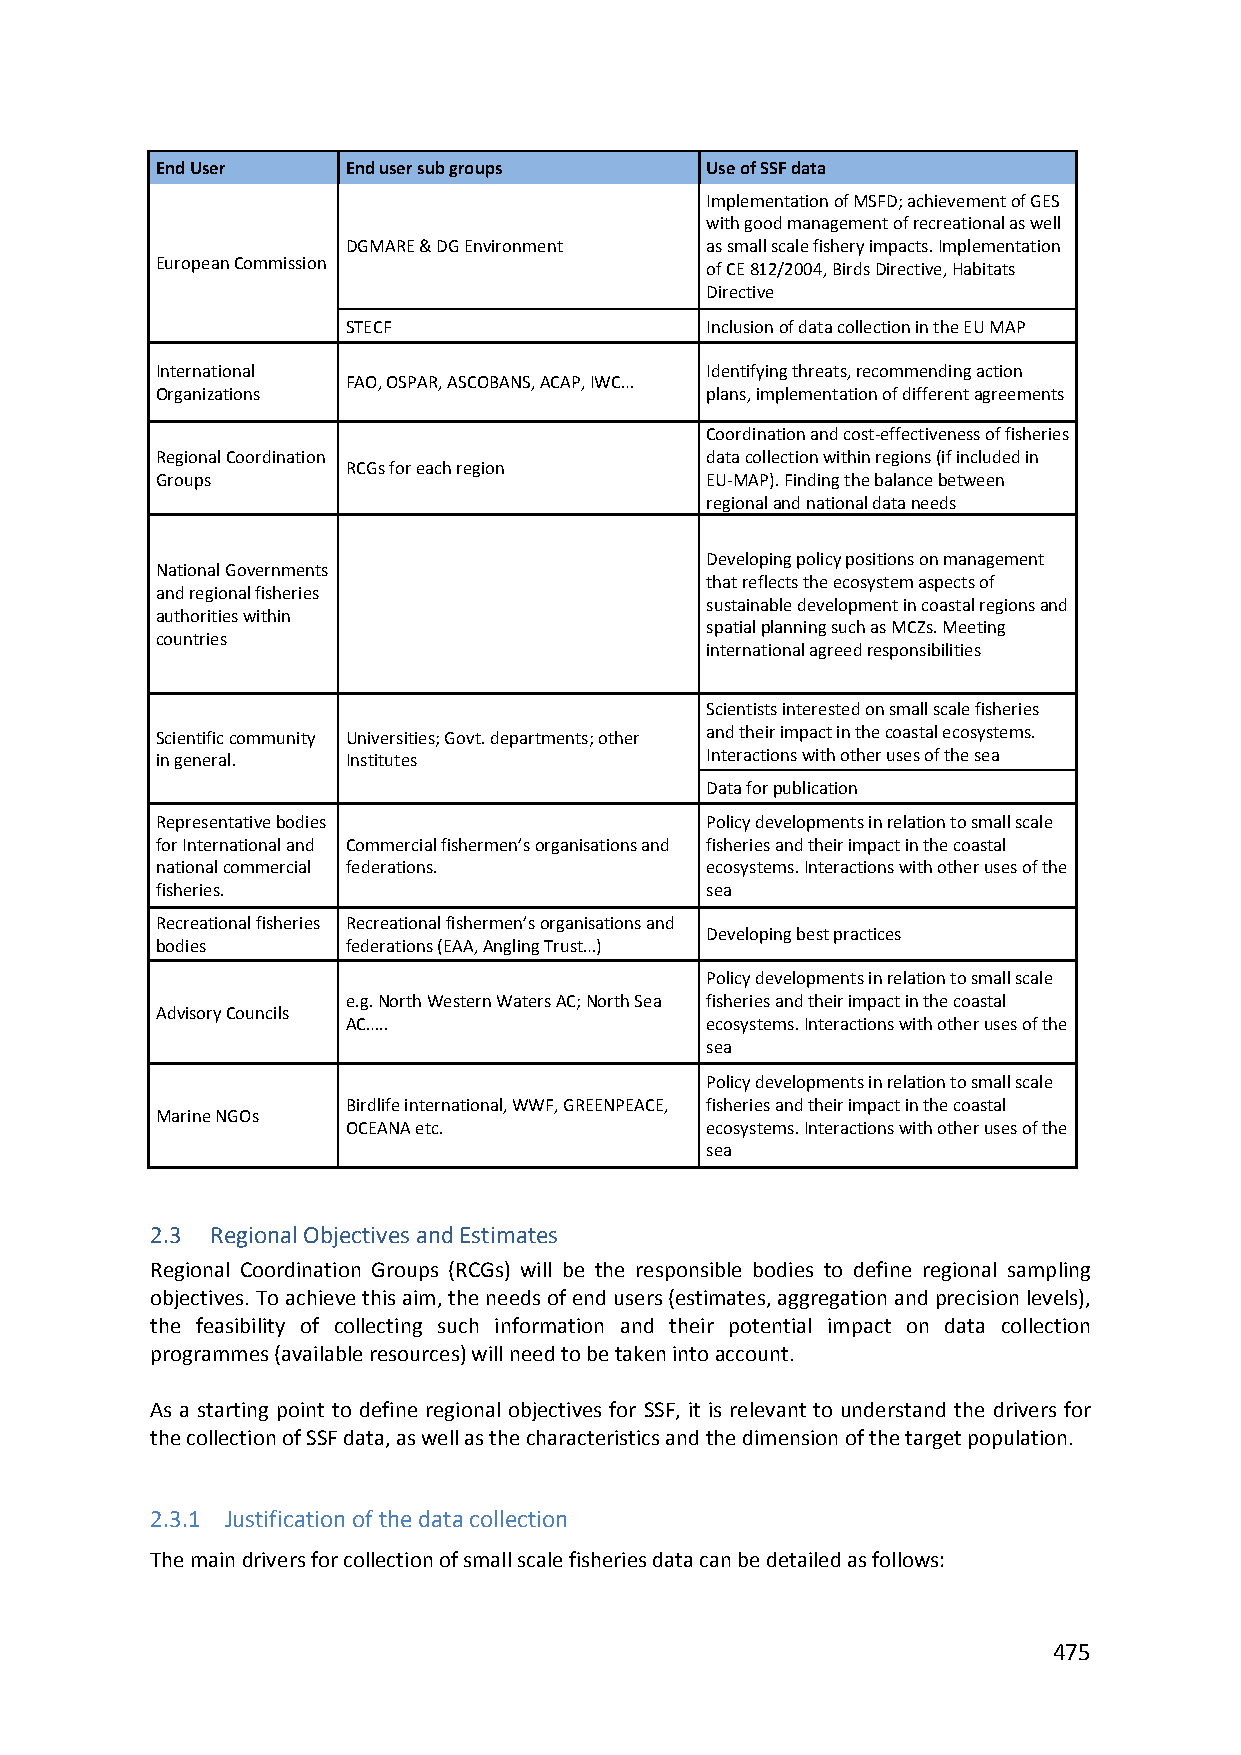
End User     End user sub groups     Use of SSF data
 Implementation of MSFD; achievement of GES
 with good management of recreational as well
 DGMARE & DG Environment as small scale fishery impacts. Implementation
 European Commission                  of CE 812/2004, Birds Directive, Habitats
 Directive
 STECF                   Inclusion of data collection in the EU MAP
 International                        Identifying threats, recommending action
 FAO, OSPAR, ASCOBANS, ACAP, IWC…
 Organizations                        plans, implementation of different agreements
 Coordination and cost‐effectiveness of fisheries
 Regional Coordination                data collection within regions (if included in
 RCGs for each region
 Groups                               EU‐MAP). Finding the balance between
 regional and national data needs
 Developing policy positions on management
 National Governments
 that reflects the ecosystem aspects of
 and regional fisheries
 sustainable development in coastal regions and
 authorities within
 spatial planning such as MCZs. Meeting
 countries
 international agreed responsibilities
 Scientists interested on small scale fisheries
 Scientific community Universities; Govt. departments; other and their impact in the coastal ecosystems.
 in general.  Institutes              Interactions with other uses of the sea
 Data for publication
 Representative bodies                Policy developments in relation to small scale
 for International and Commercial fishermen’s organisations and fisheries and their impact in the coastal
 national commercial federations.     ecosystems. Interactions with other uses of the
 fisheries.                           sea
 Recreational fisheries Recreational fishermen’s organisations and
 Developing best practices
 bodies       federations (EAA, Angling Trust…)
 Policy developments in relation to small scale
 e.g. North Western Waters AC; North Sea fisheries and their impact in the coastal
 Advisory Councils
 AC…..                   ecosystems. Interactions with other uses of the
 sea
 Policy developments in relation to small scale
 Birdlife international, WWF, GREENPEACE, fisheries and their impact in the coastal
 Marine NGOs
 OCEANA etc.             ecosystems. Interactions with other uses of the
 sea
 2.3 Regional Objectives and Estimates
 Regional Coordination Groups (RCGs) will be the responsible bodies to define regional sampling
 objectives. To achieve this aim, the needs of end users (estimates, aggregation and precision levels),
 the feasibility of collecting such information and their potential impact on data collection
 programmes (available resources) will need to be taken into account.
 As a starting point to define regional objectives for SSF, it is relevant to understand the drivers for
 the collection of SSF data, as well as the characteristics and the dimension of the target population.
 2.3.1 Justification of the data collection
 The main drivers for collection of small scale fisheries data can be detailed as follows:
 475